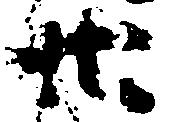
廿